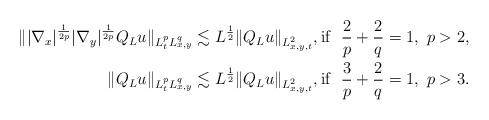
LaTeX: \begin{align*}\| |\nabla_x|^{\frac{1}{2p}} |\nabla_y|^{\frac{1}{2p}} Q_L u \|_{L_t^p L_{x,y}^q} & \lesssim L^{\frac{1}{2}}\| Q_L u\|_{L^2_{x,y,t}}, \textnormal{if} \ \ \frac{2}{p} + \frac{2}{q} = 1, \ p >2,\\\| Q_L u \|_{L_t^p L_{x,y}^q} & \lesssim L^{\frac{1}{2}} \| Q_L u\|_{L^2_{x,y,t}}, \textnormal{if} \ \ \frac{3}{p} + \frac{2}{q} = 1, \ p >3.\end{align*}